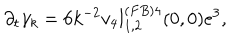
\partial _ { t } \gamma _ { k } = 6 k ^ { - 2 } v _ { 4 } l _ { 1 , 2 } ^ { ( F B ) 4 } ( 0 , 0 ) e ^ { 3 } ,